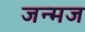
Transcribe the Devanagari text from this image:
जन्मज